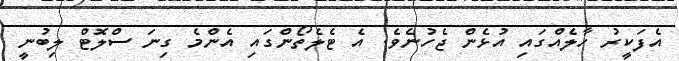
އެފަކީރު ހާލެއްގައި އުޅެން ޖެހުނެވެ. އެ ޓެލެތޯންގައި އެންމެ ގިނަ ސްލޮޓް ލިބުނީ